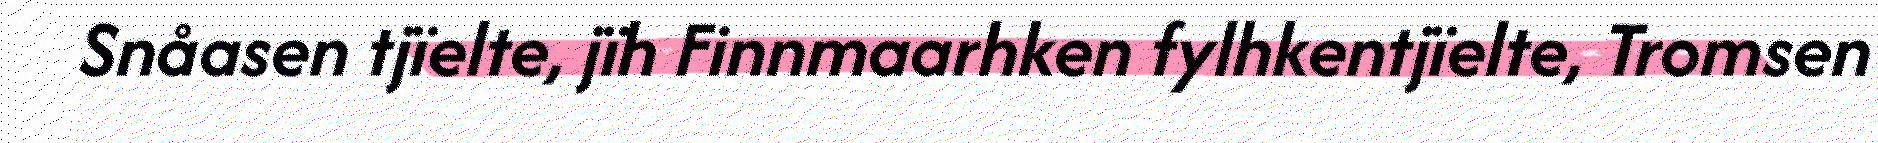
Snåasen tjïelte, jïh Finnmaarhken fylhkentjïelte, Tromsen